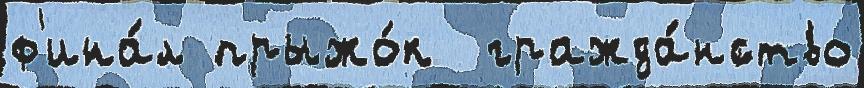
ф'ина́л прыжо́к  гражда́нство